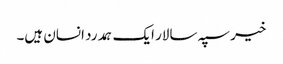
خیر سپہ سالار ایک ہمدرد انسان ہیں۔